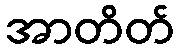
အာတိတ်